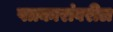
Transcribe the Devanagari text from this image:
पत्रकारांवरील